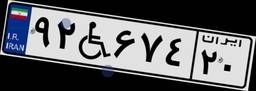
۹۲W۶۷۴۲۰